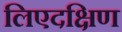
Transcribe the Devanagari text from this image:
लिएदक्षिण